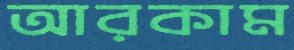
আরকাম